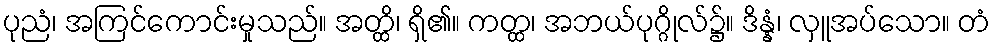
ပုညံ၊ အကြင်ကောင်းမှုသည်။ အတ္ထိ၊ ရှိ၏။ ကတ္ထ၊ အဘယ်ပုဂ္ဂိုလ်၌။ ဒိန္နံ၊ လှူအပ်သော။ တံ